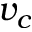
v _ { c }